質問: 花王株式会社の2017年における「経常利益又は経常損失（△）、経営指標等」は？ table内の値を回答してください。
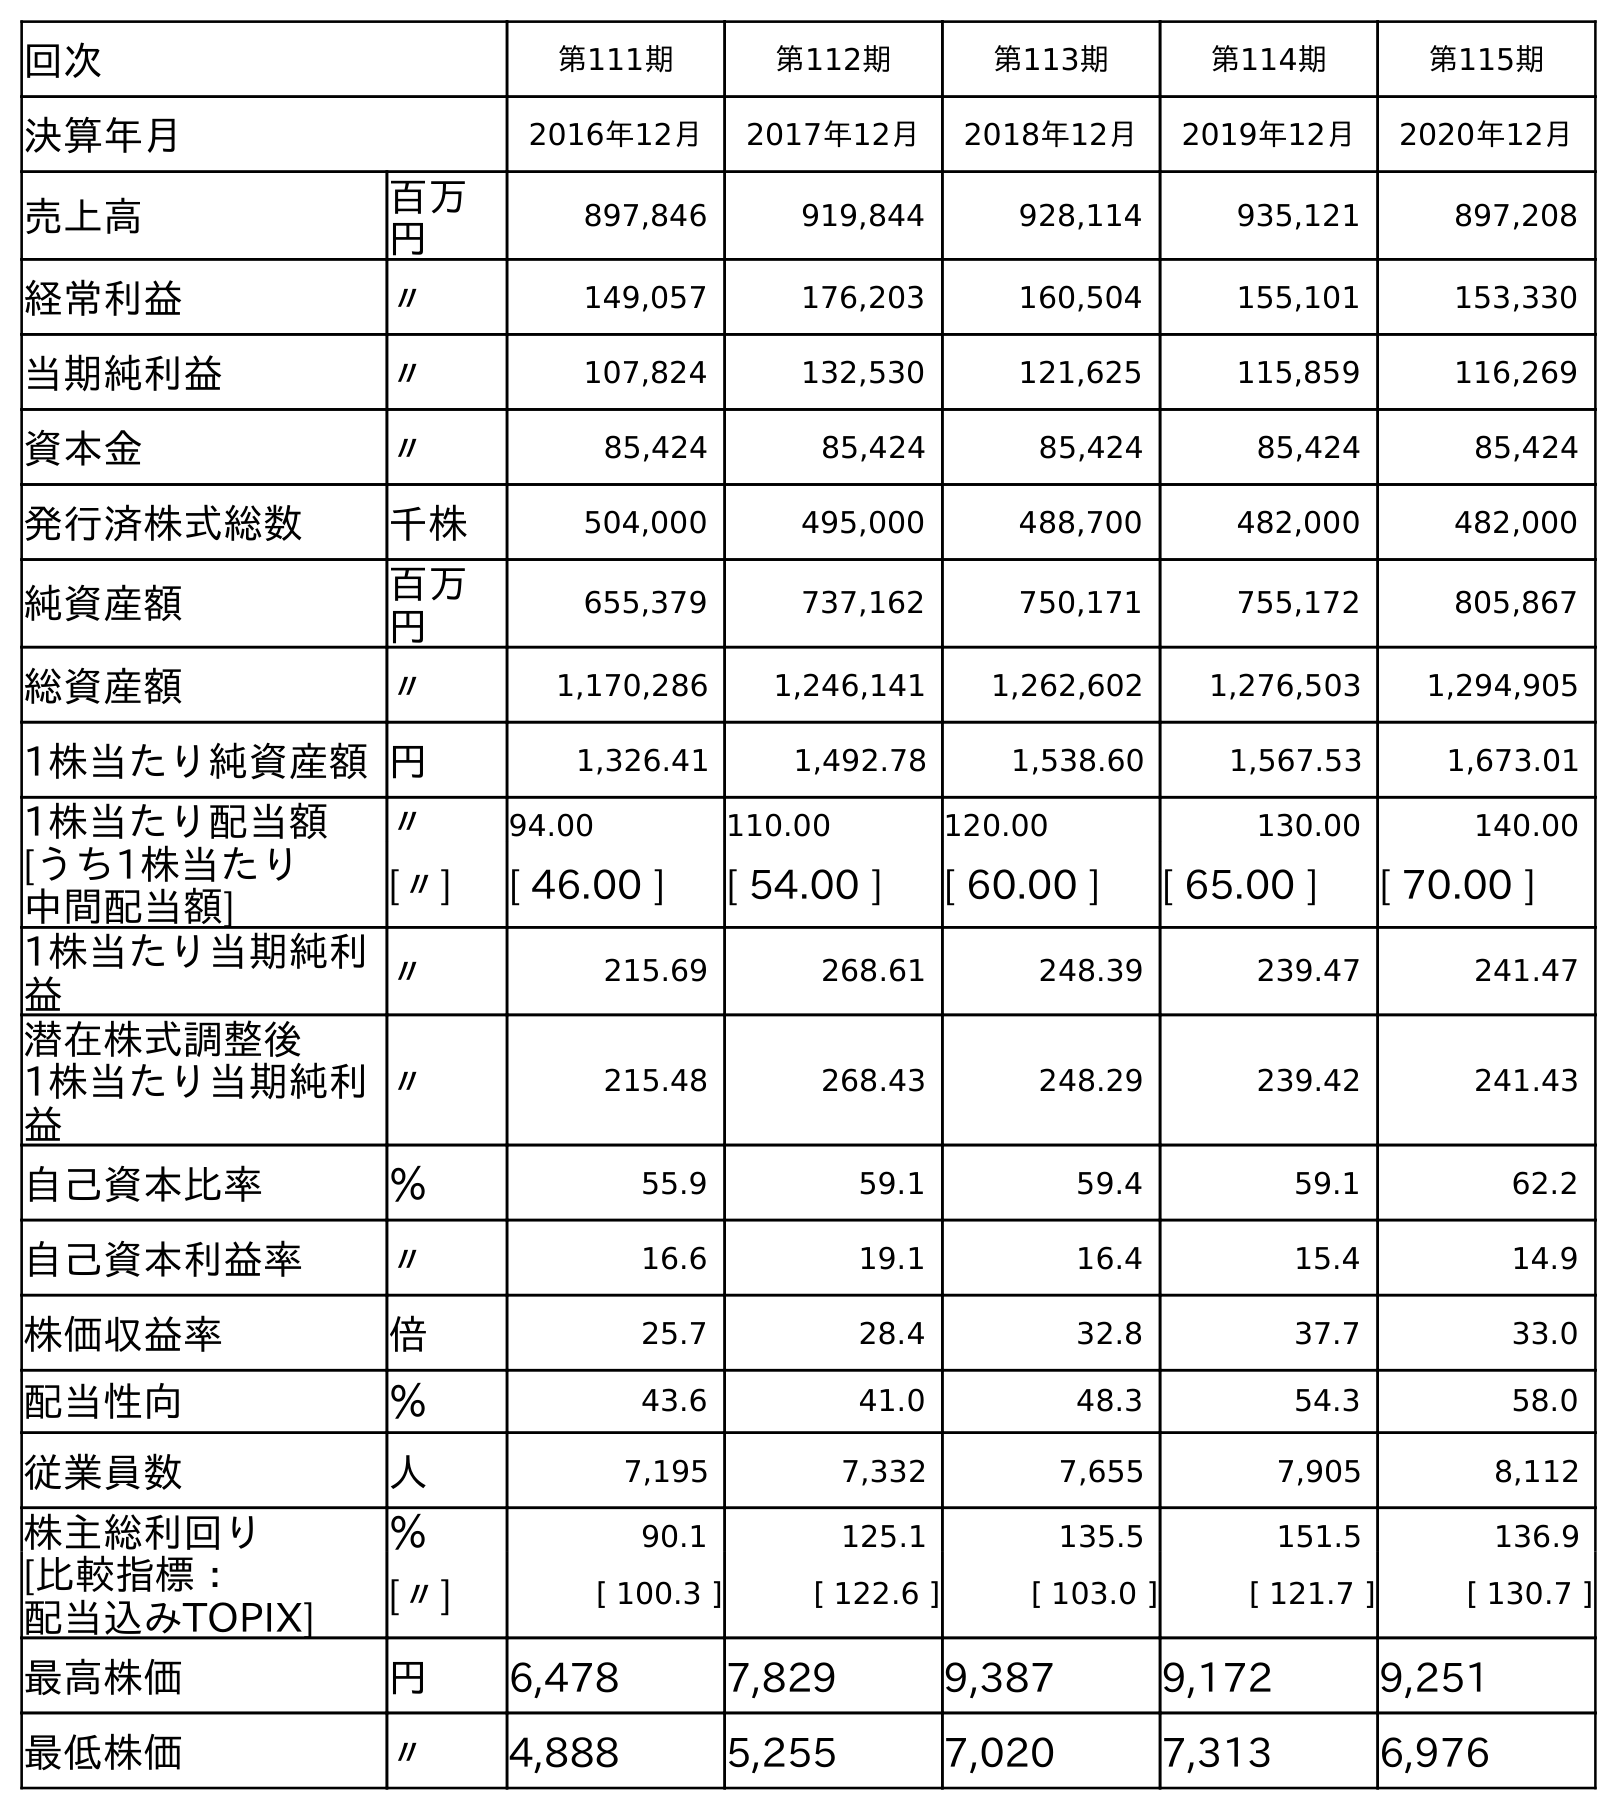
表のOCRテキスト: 回次 第111期 第112期 第113期 第114期 第115期 決算年月 2016年12月 2017年12月 2018年12月 2019年12月 2020年12月 売上高 百万 円 897,846 919,844 928,114 935,121 897,208 経常利益 〃 149,057 176,203 160,504 155,101 153,330 当期純利益 〃 107,824 132,530 121,625 115,859 116,269 資本金 〃 85,424 85,424 85,424 85,424 85,424 発行済株式総数 千株 504,000 495,000 488,700 482,000 482,000 純資産額 百万 円 655,379 737,162 750,171 755,172 805,867 総資産額 〃 1,170,286 1,246,141 1,262,602 1,276,503 1,294,905 1株当たり純資産額円 1,326.41 1,492.78 1,538.60 1,567.53 1,673.01 1株当たり配当額 〃 94.00 110.00 120.00 130.00 140.00 [うち1株当たり 中間配当額] [〃] [ 46.00 ] [ 54.00 ] [ 60.00 ] [ 65.00 ] [ 70.00 ] 1株当たり当期純利 益 〃 215.69 268.61 248.39 239.47 241.47 潜在株式調整後 1株当たり当期純利 益 〃 215.48 268.43 248.29 239.42 241.43 自己資本比率 ％ 55.9 59.1 59.4 59.1 62.2 自己資本利益率 〃 16.6 19.1 16.4 15.4 14.9 株価収益率 倍 25.7 28.4 32.8 37.7 33.0 配当性向 ％ 43.6 41.0 48.3 54.3 58.0 従業員数 人 7,195 7,332 7,655 7,905 8,112 株主総利回り ％ 90.1 125.1 135.5 151.5 136.9 [比較指標： 配当込みTOPIX] [〃] [ 100.3 ] [ 122.6 ] [ 103.0 ] [ 121.7 ] [ 130.7 ] 最高株価 円 6,478 7,829 9,387 9,172 9,251 最低株価 〃 4,888 5,255 7,020 7,313 6,976
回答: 176,203